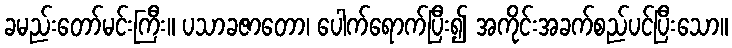
ခမည်းတော်မင်းကြီး။ ပသာခဇာတော၊ ပေါက်ရောက်ပြီး၍ အကိုင်းအခက်စည်ပင်ပြီးသော။